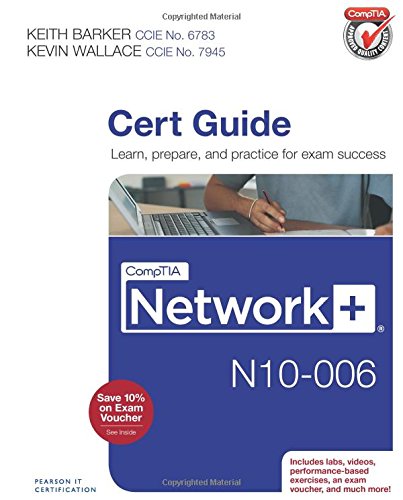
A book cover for CompTIA Network+ N10-006 Cert Guide; Keith Barker; Engineering & Transportation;